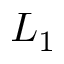
L _ { 1 }